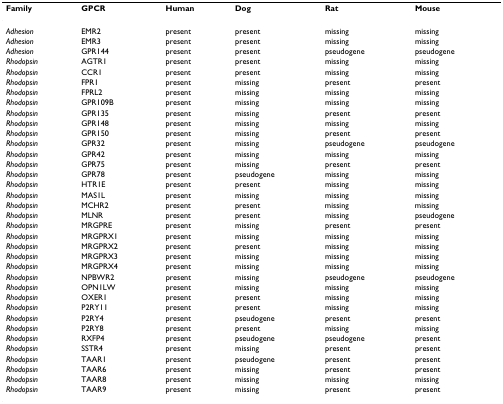
| Family | GPCR | Human | Dog | Rat | Mouse |
 | --- | --- | --- | --- | --- | --- |
 | Adhesion | EMR2 | present | present | missing | missing |
 | Adhesion | EMR3 | present | present | missing | missing |
 | Adhesion | GPR144 | present | present | pseudogene | pseudogene |
 | Rhodopsin | AGTR1 | present | present | missing | missing |
 | Rhodopsin | CCR1 | present | present | missing | missing |
 | Rhodopsin | FPR1 | present | missing | present | present |
 | Rhodopsin | FPRL2 | present | missing | missing | missing |
 | Rhodopsin | GPR109B | present | missing | missing | missing |
 | Rhodopsin | GPR135 | present | missing | present | present |
 | Rhodopsin | GPR148 | present | missing | missing | missing |
 | Rhodopsin | GPR150 | present | missing | present | present |
 | Rhodopsin | GPR32 | present | missing | pseudogene | pseudogene |
 | Rhodopsin | GPR42 | present | missing | missing | missing |
 | Rhodopsin | GPR75 | present | missing | present | present |
 | Rhodopsin | GPR78 | present | pseudogene | missing | missing |
 | Rhodopsin | HTR1E | present | present | missing | missing |
 | Rhodopsin | MAS1L | present | missing | missing | missing |
 | Rhodopsin | MCHR2 | present | present | missing | missing |
 | Rhodopsin | MLNR | present | present | missing | pseudogene |
 | Rhodopsin | MRGPRE | present | missing | present | present |
 | Rhodopsin | MRGPRX1 | present | missing | missing | missing |
 | Rhodopsin | MRGPRX2 | present | present | missing | missing |
 | Rhodopsin | MRGPRX3 | present | missing | missing | missing |
 | Rhodopsin | MRGPRX4 | present | missing | missing | missing |
 | Rhodopsin | NPBWR2 | present | missing | pseudogene | pseudogene |
 | Rhodopsin | OPN1LW | present | missing | missing | missing |
 | Rhodopsin | OXER1 | present | present | missing | missing |
 | Rhodopsin | P2RY11 | present | present | missing | missing |
 | Rhodopsin | P2RY4 | present | pseudogene | present | present |
 | Rhodopsin | P2RY8 | present | present | missing | missing |
 | Rhodopsin | RXFP4 | present | pseudogene | pseudogene | present |
 | Rhodopsin | SSTR4 | present | missing | present | present |
 | Rhodopsin | TAAR1 | present | pseudogene | present | present |
 | Rhodopsin | TAAR6 | present | missing | present | present |
 | Rhodopsin | TAAR8 | present | missing | missing | missing |
 | Rhodopsin | TAAR9 | present | missing | present | present |